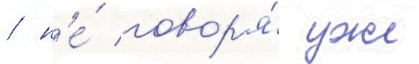
/ н'е́ говор'я́ уже